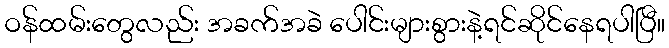
ဝန်ထမ်းတွေလည်း အခက်အခဲ ပေါင်းများစွားနဲ့ရင်ဆိုင်နေရပါပြီ။